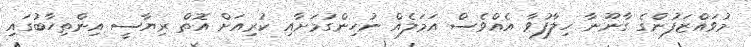
މުވައްޒަފުންގެ ގާނޫނާ ހިލާފުވާ އެއްވެސް އަމަލެއް ނުހިންގުމަށާއި ކުރިއަށް އޮތް ރިޔާސީ އިންތިހާބުގައި